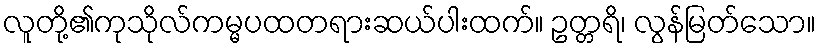
လူတို့၏ကုသိုလ်ကမ္မပထတရားဆယ်ပါးထက်။ ဥတ္တရိ၊ လွန်မြတ်သော။